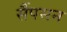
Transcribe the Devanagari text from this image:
सैंपसन